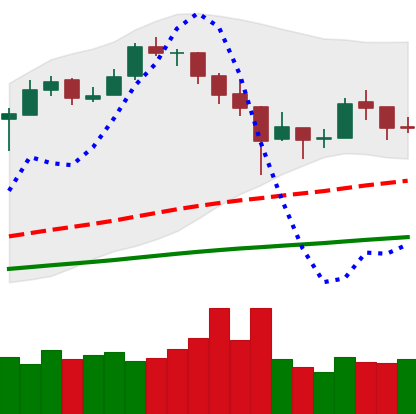
Ticker: BTC-USD
Chart end date: 2017-12-29
Forward return: 3.717%
Label: up_3_5